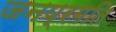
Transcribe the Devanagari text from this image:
जनप्रगति